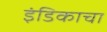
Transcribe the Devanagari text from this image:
इंडिकाचा